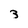
Character: 3